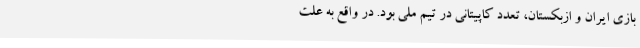
بازی ایران و ازبکستان، تعدد کاپیتانی در تیم ملی بود. در واقع به علت